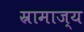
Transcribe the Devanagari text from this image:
स्रामाज्य